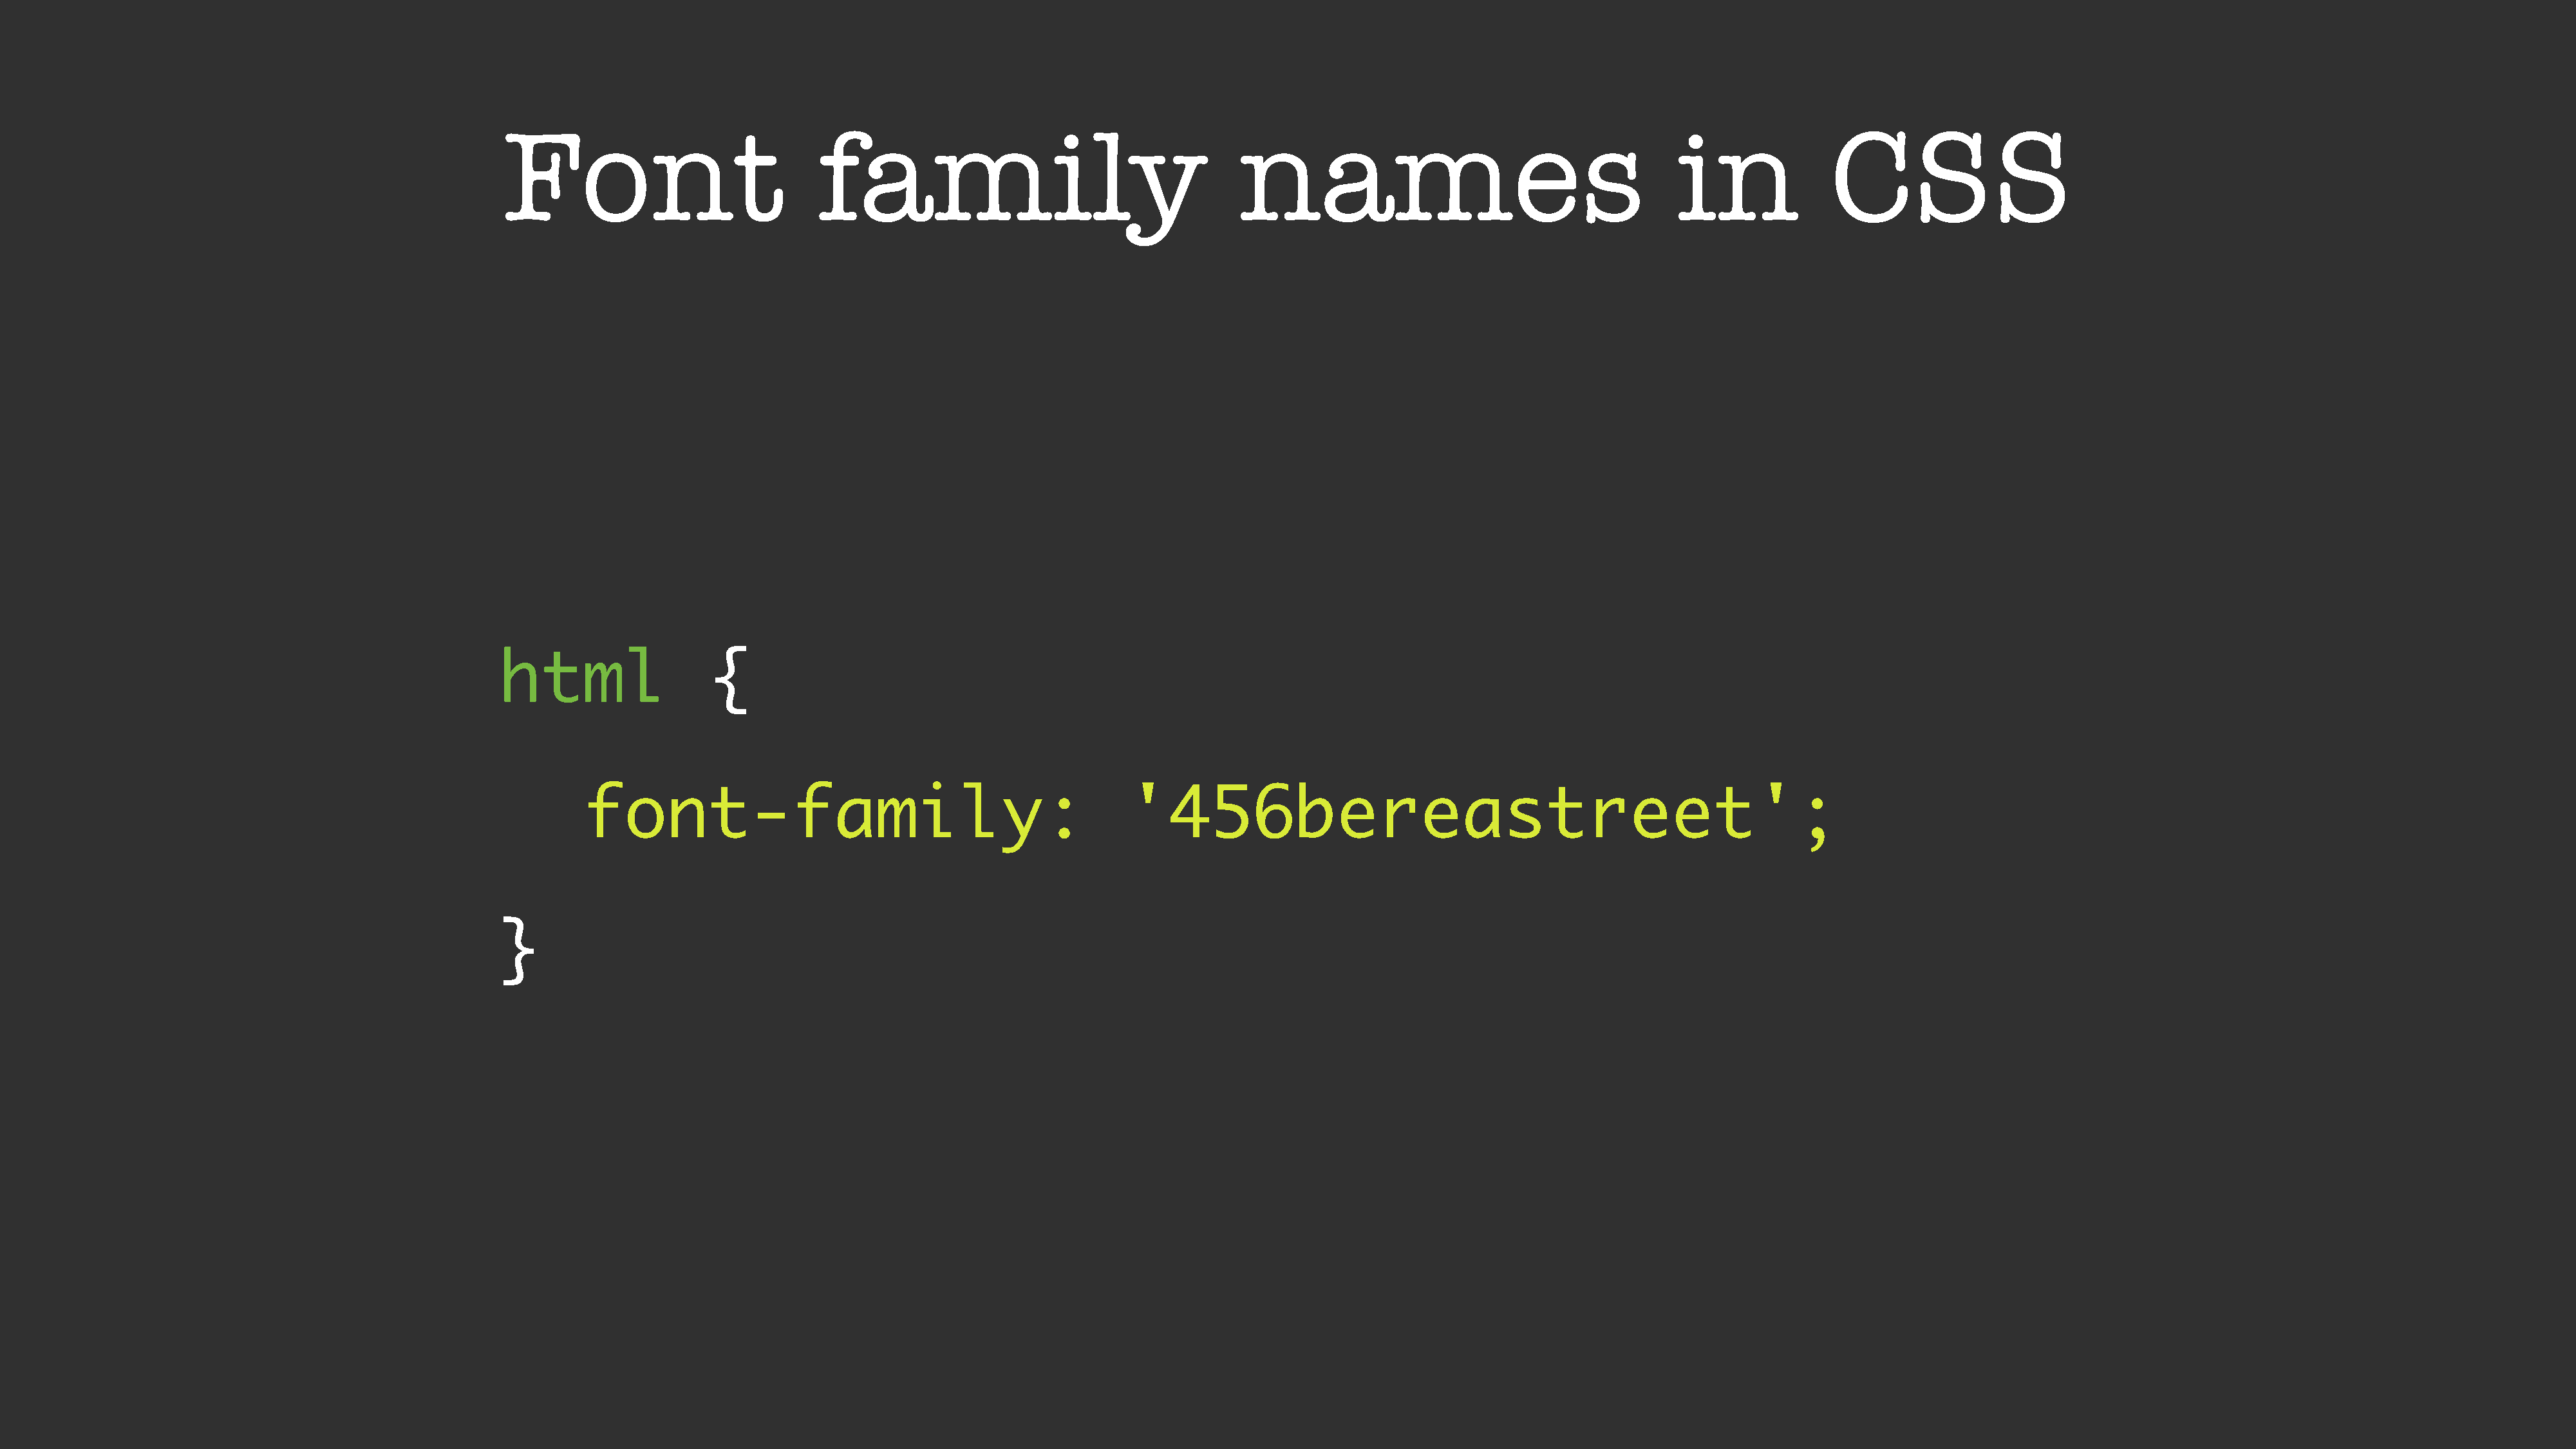
Font                            family                                     names                                        in              CSS
 html                  {
 font-family:                                            '456bereastreet';
 }